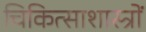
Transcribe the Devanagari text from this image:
चिकित्साशास्त्रों